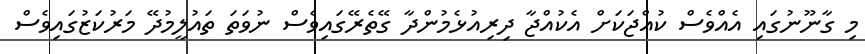
މި ގާނޫނުގައި އެއްވެސް ކުއްޖަކަށް އެކުއްޖާ ދިރިއުޅެމުންދާ ގޭތެރޭގައިވެސް ނުވަތަ ތައުލީމުދޭ މަރުކަޒުގައިވެސް